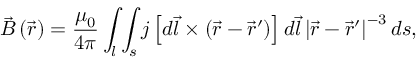
\vec { B } \left( \vec { r } \right) = \frac { \mu _ { 0 } } { 4 \pi } \int _ { l } \int _ { s } j \left[ d \vec { l } \times \left( \vec { r } - \vec { r } ^ { \prime } \right) \right] d \vec { l } \left| \vec { r } - \vec { r } ^ { \prime } \right| ^ { - 3 } d s ,